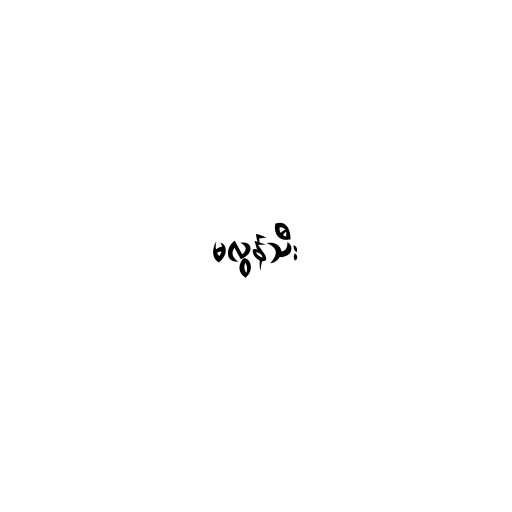
မလွန်သီး